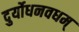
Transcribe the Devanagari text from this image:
दुर्योधनवधम्